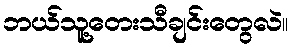
ဘယ်သူ့တေးသီချင်းတွေလဲ။